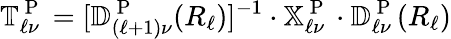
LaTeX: \mathbb{T}_{\ell\nu}^{\mathrm{~P~}}=[\mathbb{D}_{(\ell+1)\nu}^{\mathrm{~P~}}(R_{\ell})]^{-1}\cdot\mathbb{X}_{\ell\nu}^{\mathrm{~P~}}\cdot\mathbb{D}_{\ell\nu}^{\mathrm{~P~}}(R_{\ell})